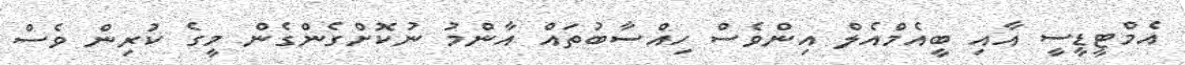
އެމްޓީޑީސީ އާއި ބީއެމްއެލް އިންވެސް ހިއްސާބުތައް އާންމު ނުކޮށްގެންގެން މީގެ ކުރިން ވެސް